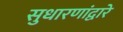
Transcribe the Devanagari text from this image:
सुधारणांद्वारे